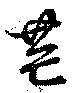
芒